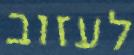
לעזוב